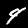
Digit: 4